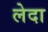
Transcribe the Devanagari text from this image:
लेदा